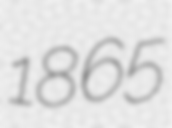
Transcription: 1865